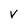
Character: V